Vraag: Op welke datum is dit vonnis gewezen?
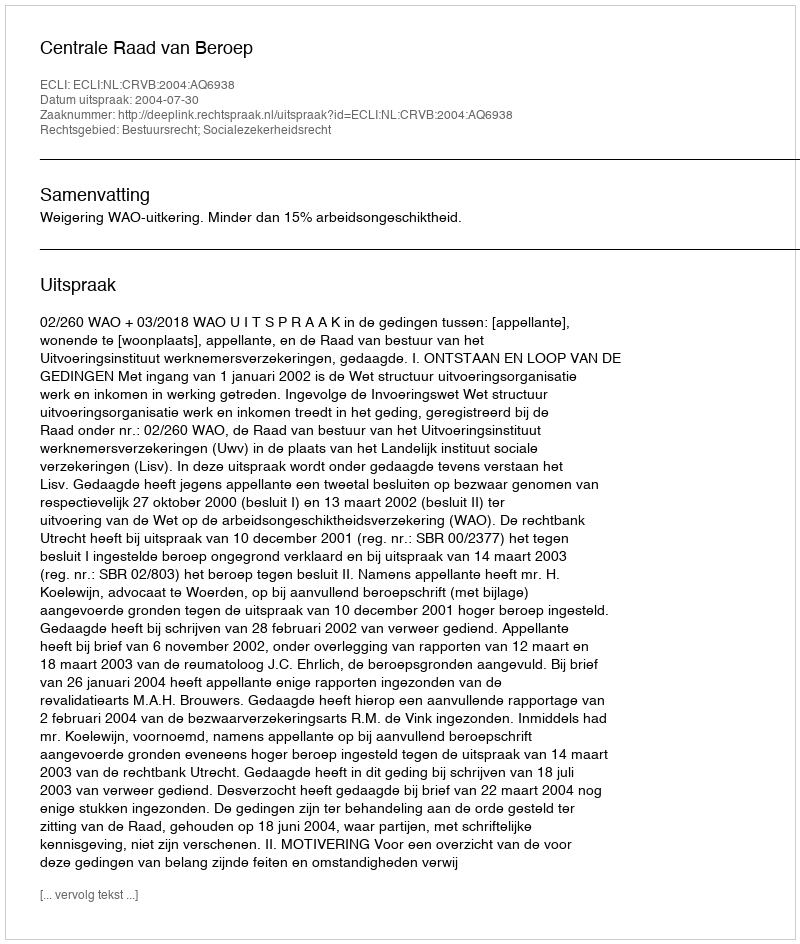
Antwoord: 2004-07-30